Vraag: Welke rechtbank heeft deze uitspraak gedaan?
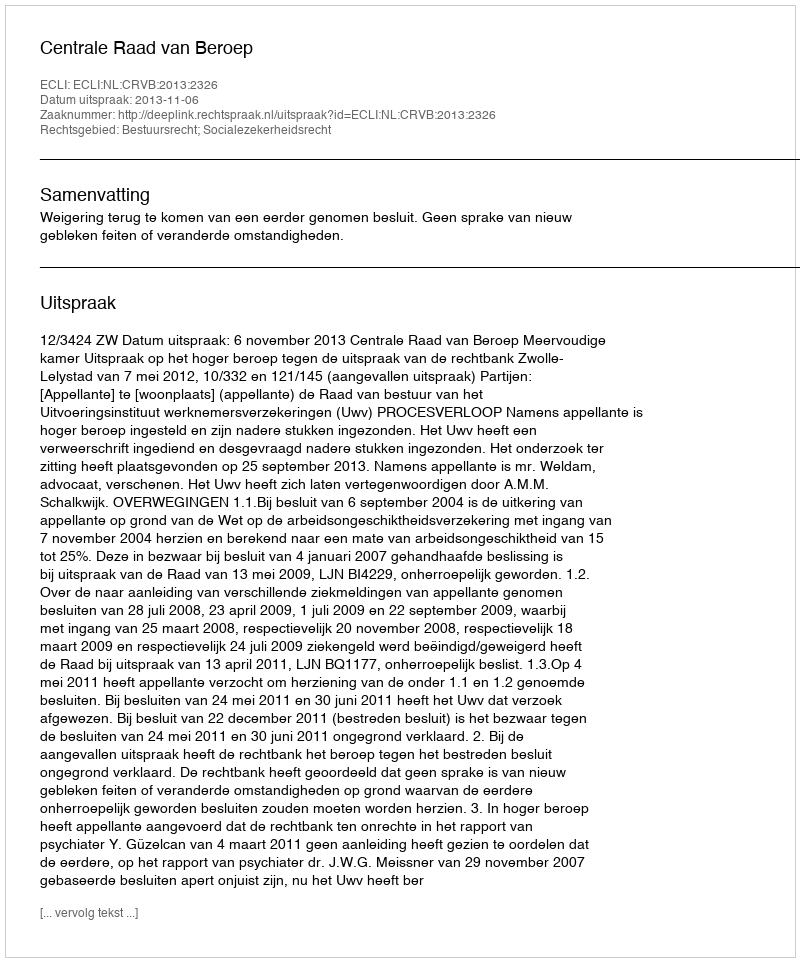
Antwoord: Centrale Raad van Beroep